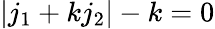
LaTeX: |j_{1}+kj_{2}|-k=0